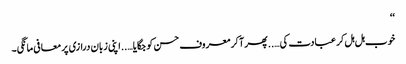
‘‘
خوب ہل ہل کر عبادت کی…..پھر آ کر معروف حسن کو جگایا…..اپنی زبان درازی پر معافی مانگی۔